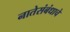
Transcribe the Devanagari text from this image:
नातेसंबंधाचे